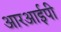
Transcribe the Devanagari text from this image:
आरआईपी